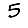
Digit: 5